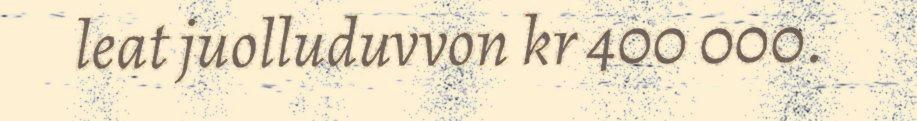
leat juolluduvvon kr 400 000.